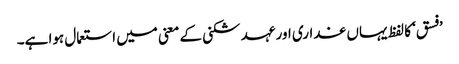
’فسق‘ کا لفظ یہاں غداری اور عہد شکنی کے معنی میں استعمال ہوا ہے۔